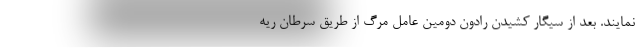
نمایند. بعد از سیگار کشیدن رادون دومین عامل مرگ از طریق سرطان ریه